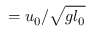
= u _ { 0 } / \sqrt { g l _ { 0 } }